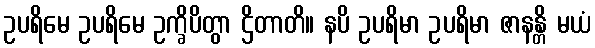
ဥပရိမေ ဥပရိမေ ဥက္ခိပိတွာ ဌိတာတိ။ နပိ ဥပရိမာ ဥပရိမာ ဇာနန္တိ မယံ